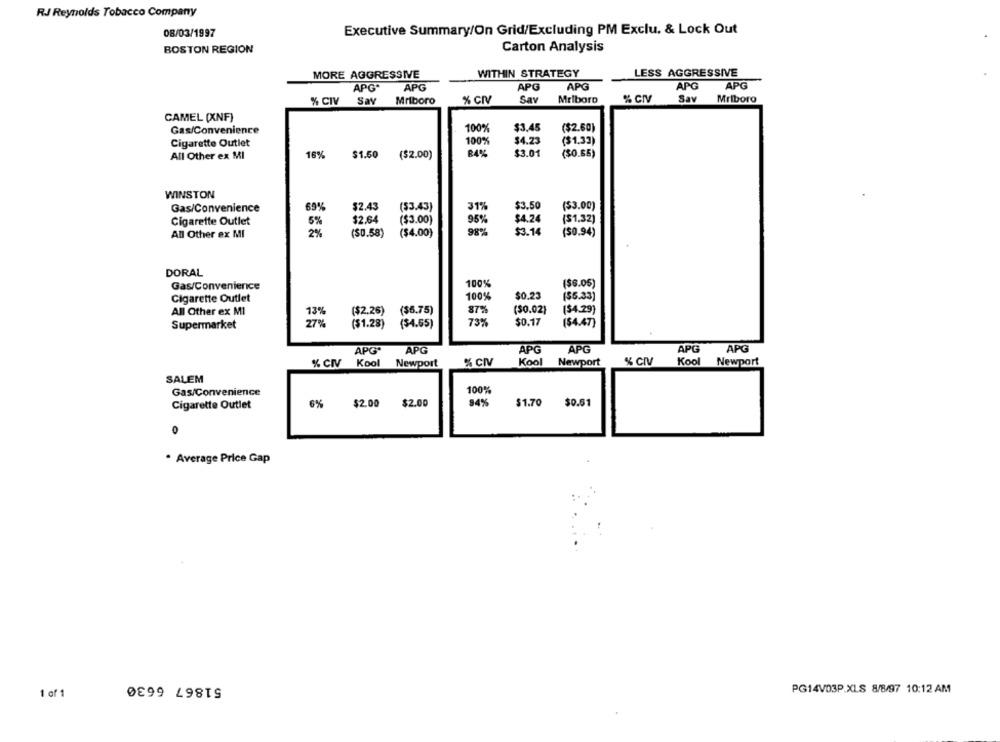
RJ Reynolds Tobacco Company
Executive Summary/On Grid/Excluding PM Exclu. & Lock Out
08/03/1997
BOSTON REGION
Carton Analysis
MORE AGGRESSIVE
WITHIN STRATEGY
LESS AGGRESSIVE
APG*
APG
APG
APG
APG
APG
% CIV
Say
Mriboro
% CIV
Sav
Mriboro
% GIV
Sav
Mriboro
CAMEL (XNF)
$3.45
Gas/Convenience
100%
($2.60)
Cigarette Outlet
$4.23
($1.33)
100%
All Other ex MI
16%
$1.50
($2.00)
$3.01
($0.65)
WINSTON
Gas/Convenience
69%
$2.43
($3.43)
31%
$3.50
($3.00)
Cigarette Outlet
$2.64
($3.00)
95%
$4.24
($1.32)
6%
989%
$3.14
All Other ex MI
2%
($0.58)
($4.00)
($0.94)
DORAL
Gas/Convenience
100%
($6.05)
$0.23
($5.33)
Cigarette Outlet
100%
All Other ex MI
($2.26)
($6.75)
87%
($0.02}
($4.29)
13%
Supermarket
27%
($1.28)
($4.65)
73%
$0.17
($4.47)
APG
APG
APG
APG.
APG
APG
% CIV
Kool
Newport
% CIV
Kool
Newport
% CIV
Kool
Newport
SALEM
Gas/Convenience
100%
Cigarette Outlet
6%
$2.00
$2.00
94%
$1.70 $0.61
0
. Average Price Gap
51867 6630
PG14V03P.XLS 8/8/97 10:12 AM
1 of 1